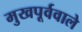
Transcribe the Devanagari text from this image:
मुखपूर्ववाले